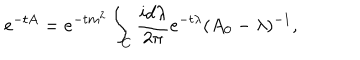
e ^ { - t A } = e ^ { - t m ^ { 2 } } \int _ { C } \frac { i d \lambda } { 2 \pi } e ^ { - t \lambda } ( A _ { 0 } - \lambda ) ^ { - 1 } ,